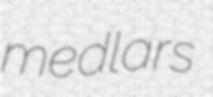
medlars